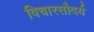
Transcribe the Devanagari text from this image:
विचारसौदर्य